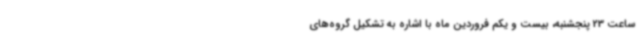
ساعت 23 پنجشنبه، بیست و یکم فروردین ماه با اشاره به تشکیل گروه‌های